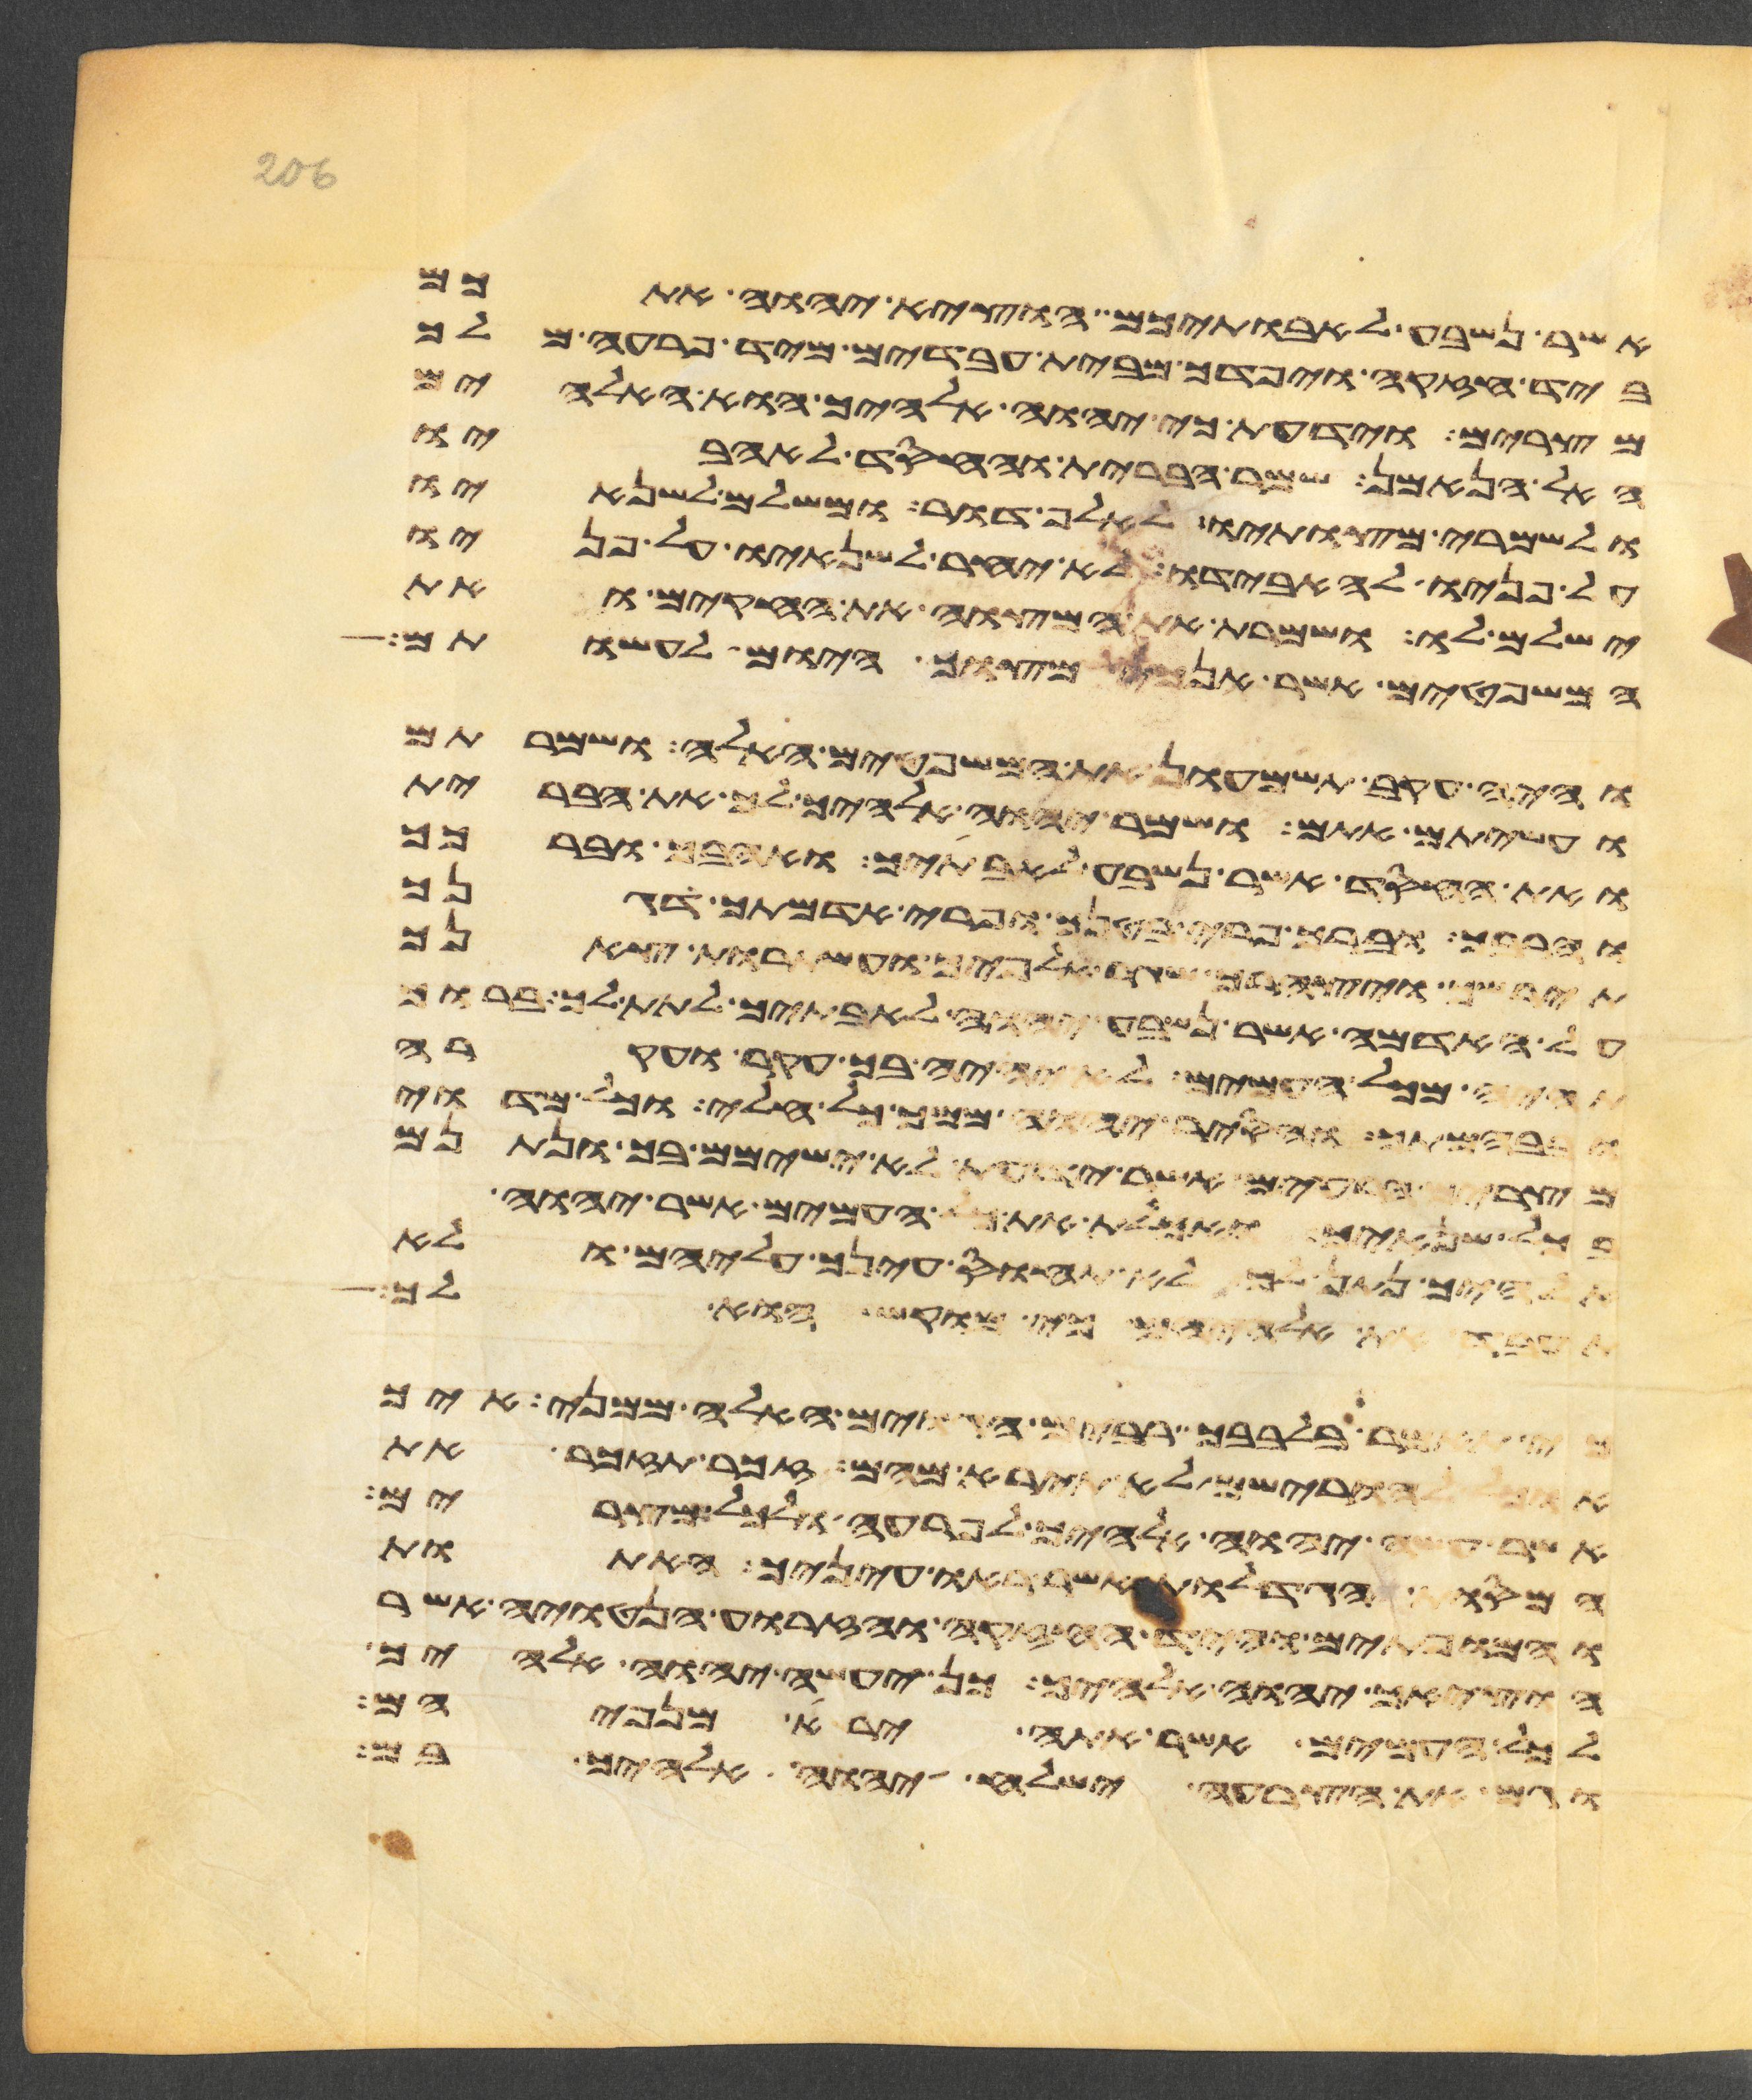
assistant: אשר נשבע לאבתיכם הוציא יהוה אתכם
ביד חזקה ויפדך מבית עבדים מיד פרעה מלך
מצרים וידעת כי יהוה אלהיך הוא האלהים
האל הנאמן שמר הברית והחסד לאהביו
ולשמרי מצותיו לאלף דור ומשלם לשנאיו
על פניו להאבידו לא יאחר לשנאיו על פניו
ישלם לו ושמרת את המצוה את החקים ואת
המשפטים אשר אנכי מצוך היום לעשותם
והיה עקב תשמעון את המשפטים האלה ושמרתם
ועשיתם אתם ושמר יהוה אלהיך לך את הברית
ואת החסד אשר נשבע לאבתיך ואהבך וברכך
והרבך וברך פרי בטנך ופרי אדמתך דגנך
תירשך ויצהרך שגר אלפיך ועשתרות צאנך
על האדמה אשר נשבע יהוה לאבתיך לתת לך ברוך
תהיה מכל העמים לא יהיה בך עקר ועקרה
ובבהמתך והסיר יהוה ממך כל חלי וכל מדוי
מצרים הרעים אשר ידעת לא ישימם בך ונתנם
בכל שנאיך ואכלת את כל העמים אשר יהוה
אלהיך נתן לך לא תחוס עינך עליהם ולא
את אלהיהם כי מוקש הוא לך
כי תאמר בלבבך רבים הגוים האלה ממני איך
אוכל להורישם לא תירא מהם זכר תזכר את
אשר עשה יהוה אלהיך לפרעה ולכל מצרים
המסות הגדלות אשר ראו עיניך האתות
והמופתים והיד החזקה והזרוע הנטויה אשר
הוציאך יהוה אלהיך כן יעשה יהוה אלהיך
לכל העמים אשר אתה ירא מפניהם
וגם את הצרעה ישלח יהוה אלהיך בם